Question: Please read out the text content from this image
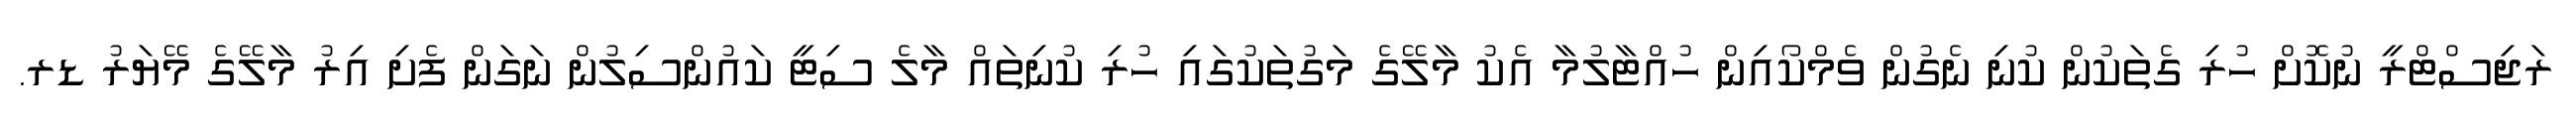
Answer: ރަޖިސްޓްރީ ނުކޮށް ހުރި ގެތަކުން ކުނި ނެގުން ވެމްކޯއިން ހުއްޓާލުމާ އެކު މާލޭގެ މަގުތަކުގައި ހުރި ކުނިތައް މާލެ ސިޓީ ކައުންސިލުން ނަގަން ފެށި އިރު މާލޭގެ މޭޔަރު ޑރ.